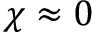
\chi \approx 0